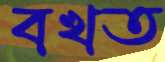
বখত